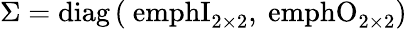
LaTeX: \Sigma=\mathrm{{diag}\left(\ emphI_{2\times 2},\ emphO_{2\times 2}\right)}